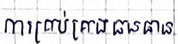
ការគ្រប់គ្រងធនធាន